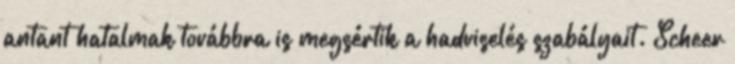
antant hatalmak továbbra is megsértik a hadviselés szabályait. Scheer